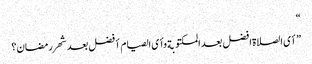
“
”أی الصلاة افضل بعد المکتوبة وأی الصیام أفضل بعد شهر رمضان؟